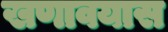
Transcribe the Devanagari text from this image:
खणावयास